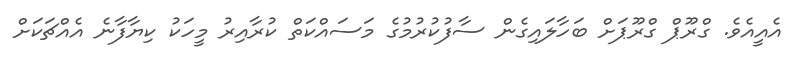
އެއީއެވެ. ގްރޫޕް ގްރޫޕަށް ބަހާލައިގެން ސާފުކުރުމުގެ މަސައްކަތް ކުރާއިރު މީހަކު ކިޔާފާނެ އެއްޗަކަށް